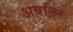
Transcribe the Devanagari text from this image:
अबांतर